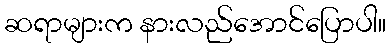
ဆရာများက နားလည်အောင်ပြောပါ။